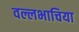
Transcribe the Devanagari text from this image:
वल्लभाचिया